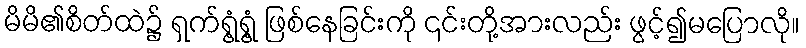
မိမိ၏စိတ်ထဲ၌ ရှက်ရွံ့ရွံ့ ဖြစ်နေခြင်းကို ၎င်းတို့အားလည်း ဖွင့်၍မပြောလို။